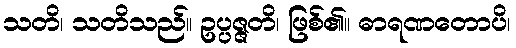
သတိ၊ သတိသည်။ ဥပ္ပဇ္ဇတိ၊ ဖြစ်၏။ ဓာရဏတောပိ၊